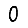
Digit: 0